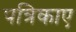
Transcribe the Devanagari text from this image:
पत्रिकाए